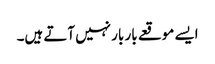
ایسے موقعے بار بار نہیں آتے ہیں۔